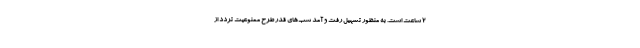
۲ ساعت است. به منظور تسهیل رفت و آمد شب‌های قدر طرح ممنوعیت تردد از